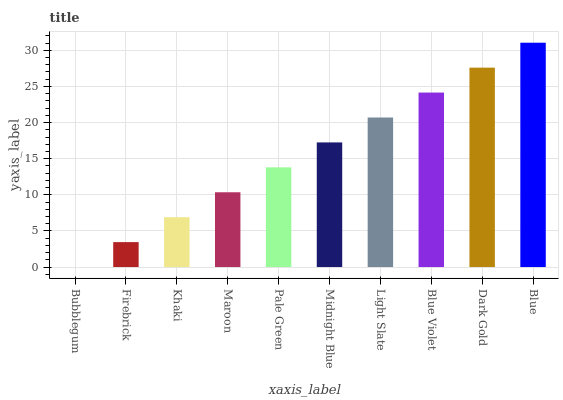
| xaxis_label | bars |
 | --- | --- |
 | Bubblegum | 0 |
 | Firebrick | 3.45 |
 | Khaki | 6.9 |
 | Maroon | 10.4 |
 | Pale Green | 13.8 |
 | Midnight Blue | 17.3 |
 | Light Slate | 20.7 |
 | Blue Violet | 24.2 |
 | Dark Gold | 27.6 |
 | Blue | 31.1 |